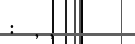
: